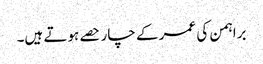
براہمن کی عمر کے چار حصے ہوتے ہیں۔